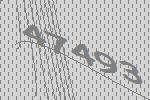
47493